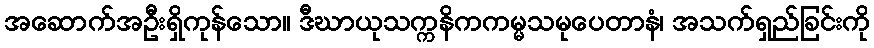
အဆောက်အဦးရှိကုန်သော။ ဒီဃာယုသက္ကနိကကမ္မသမုပေတာနံ၊ အသက်ရှည်ခြင်းကို